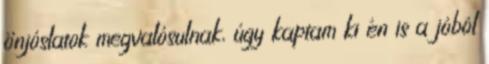
önjóslatok megvalósulnak, úgy kaptam ki én is a jóból